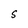
Character: S